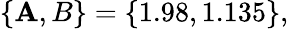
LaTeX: \{ \mathbf{A},B\} =\{ 1.98,1.135\} ,